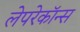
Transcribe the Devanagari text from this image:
लेपरेकॉन्स